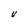
Character: V